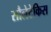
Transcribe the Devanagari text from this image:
सौलेटेकिस